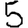
Digit: 5